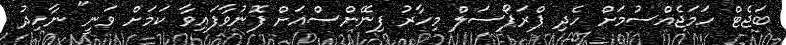
ބަޖެޓް ހަމަޖެއްސުމަށް ހެދި ޕްރަޕޯސަލް މިހާރު ފިނޭންސްއަށް ފޮނުވާފައިވާ ކަމަށް ވަނީ" ނާހިދު